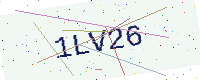
Text: 1LV26